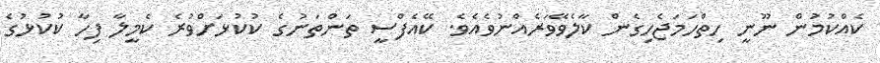
ކެއްކުމުން ނޫނީ ހިތްހަމަޖެހިގެން ކާލެވޭވަރެއްނުވެއެވެ. ކޭއެފްސީ ތަންތަނުގެ ކުކުޅަށްވުރެ ކެމީލާ ފިހާ ކުކުޅުގެ